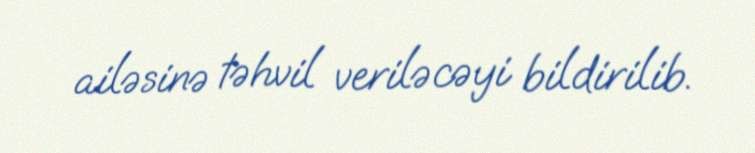
ailəsinə təhvil veriləcəyi bildirilib.